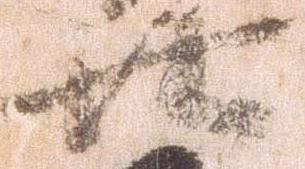
廿